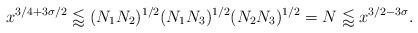
LaTeX: \begin{align*} x^{3/4+3\sigma/2}\lessapprox (N_1N_2)^{1/2}(N_1N_3)^{1/2}(N_2N_3)^{1/2}=N\lessapprox x^{3/2-3\sigma}.\end{align*}